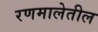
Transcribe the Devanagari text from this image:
रणमालेतील